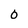
Character: 0